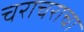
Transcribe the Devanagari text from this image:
चराचराचा